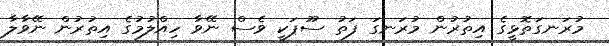
މުރަނގަތޮޅީގެ އިތުރުން މުރަނގަ ފަތު ސޫޕަކީ ވެސް ނޭވާ ހިއްލުމުގެ އިތުރުން ނޭވާލާ